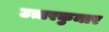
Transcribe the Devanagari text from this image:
उत्तरकुमार